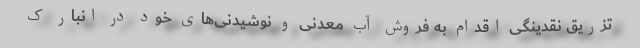
تزریق نقدینگی اقدام به فروش آب معدنی و نوشیدنی‌های خود در انبار ک